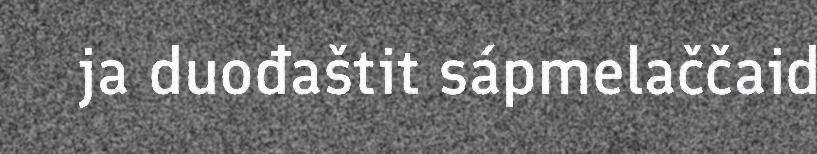
ja duođaštit sápmelaččaid